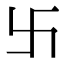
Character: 卐